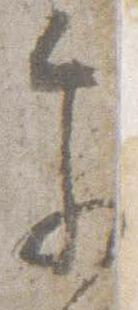
参